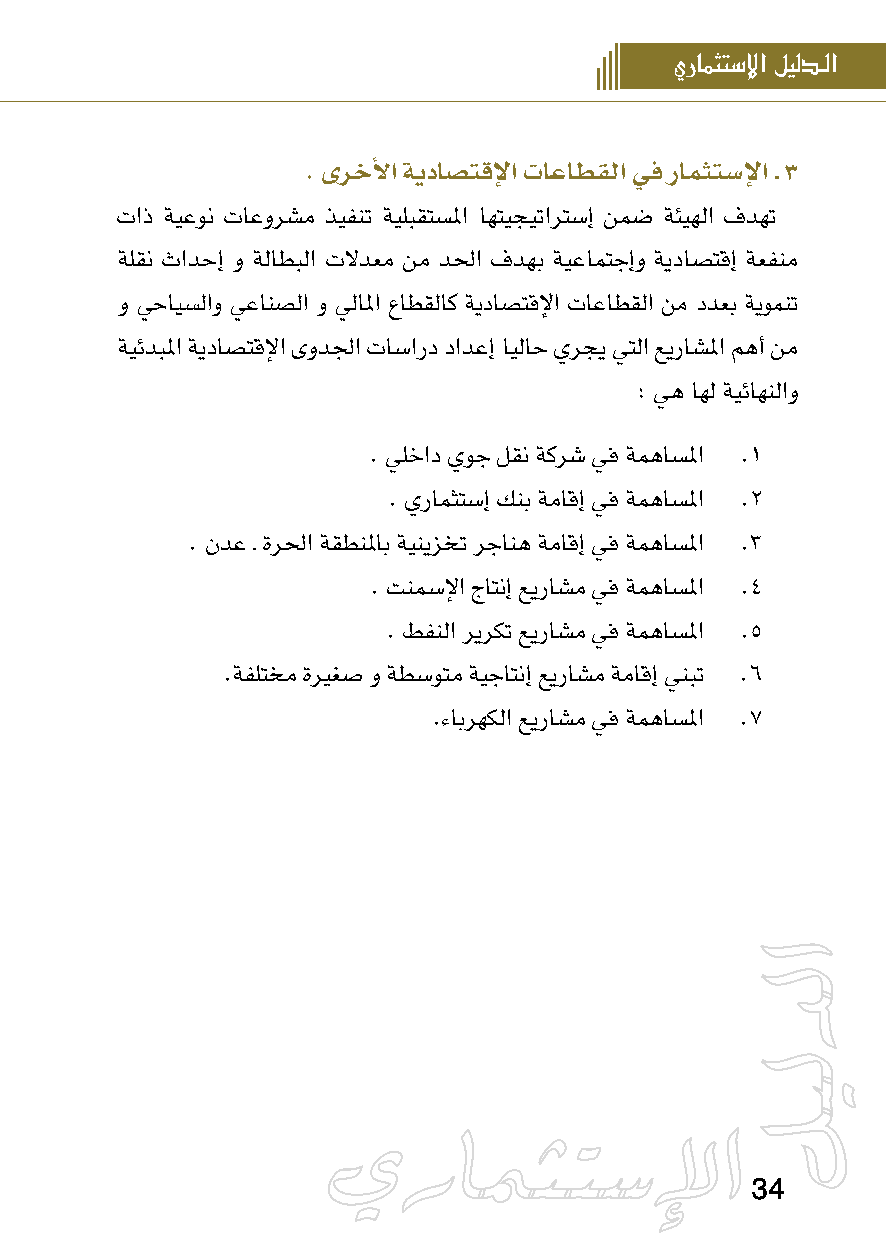
يرامثتس�إل� ليلدـل�
 . ىرخلأا ةيداصتقلإا تاعاطقلا يف رامثتسلإا ـ 3
 تاذ ةيعون تاعورشم ذيفنت ةيلبقتسلما اهتيجيتارتسإ نمض ةئيهلا فدهت
 ةلقن ثادحإ و ةلاطبلا تلادعم نم دلحا فدهب ةيعامتجإو ةيداصتقإ ةعفنم
 و يحايسلاو يعانصلا و يلالما عاطقلاك ةيداصتقلإا تاعاطقلا نم ددعب ةيومنت
 ةيئدبلما ةيداصتقلإا ىودلجا تاسارد دادعإ ايلاح يرجي يتلا عيراشلما مهأ نم
 : يه اهل ةيئاهنلاو
 . يلخاد يوج لقن ةكرش يف ةمهاسلما . 1
 . يرامثتسإ كنب ةماقإ يف ةمهاسلما . 2
 . ندع ـ ةرلحا ةقطنلماب ةينيزخت رجانه ةماقإ يف ةمهاسلما . 3
 . تنمسلإا جاتنإ عيراشم يف ةمهاسلما . 4
 . طفنلا ريركت عيراشم يف ةمهاسلما . 5
 .ةفلتخم ةريغص و ةطسوتم ةيجاتنإ عيراشم ةماقإ ينبت . 6
 .ءابرهكلا عيراشم يف ةمهاسلما . 7
 34